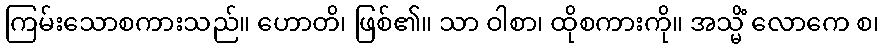
ကြမ်းသောစကားသည်။ ဟောတိ၊ ဖြစ်၏။ သာ ဝါစာ၊ ထိုစကားကို။ အသ္မိံ လောကေ စ၊